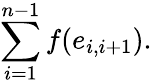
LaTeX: \sum_{i=1}^{n-1}f(e_{i,i+1}).